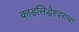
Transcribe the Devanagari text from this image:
काडसिद्धेश्वराचा